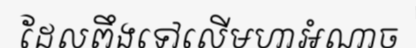
ដែលពឹងទៅលើមហាអំណាច